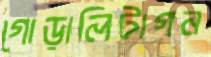
গোড়ালিটাগন